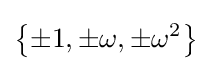
\left\{\pm 1,\pm \omega ,\pm \omega ^{2}\right\}